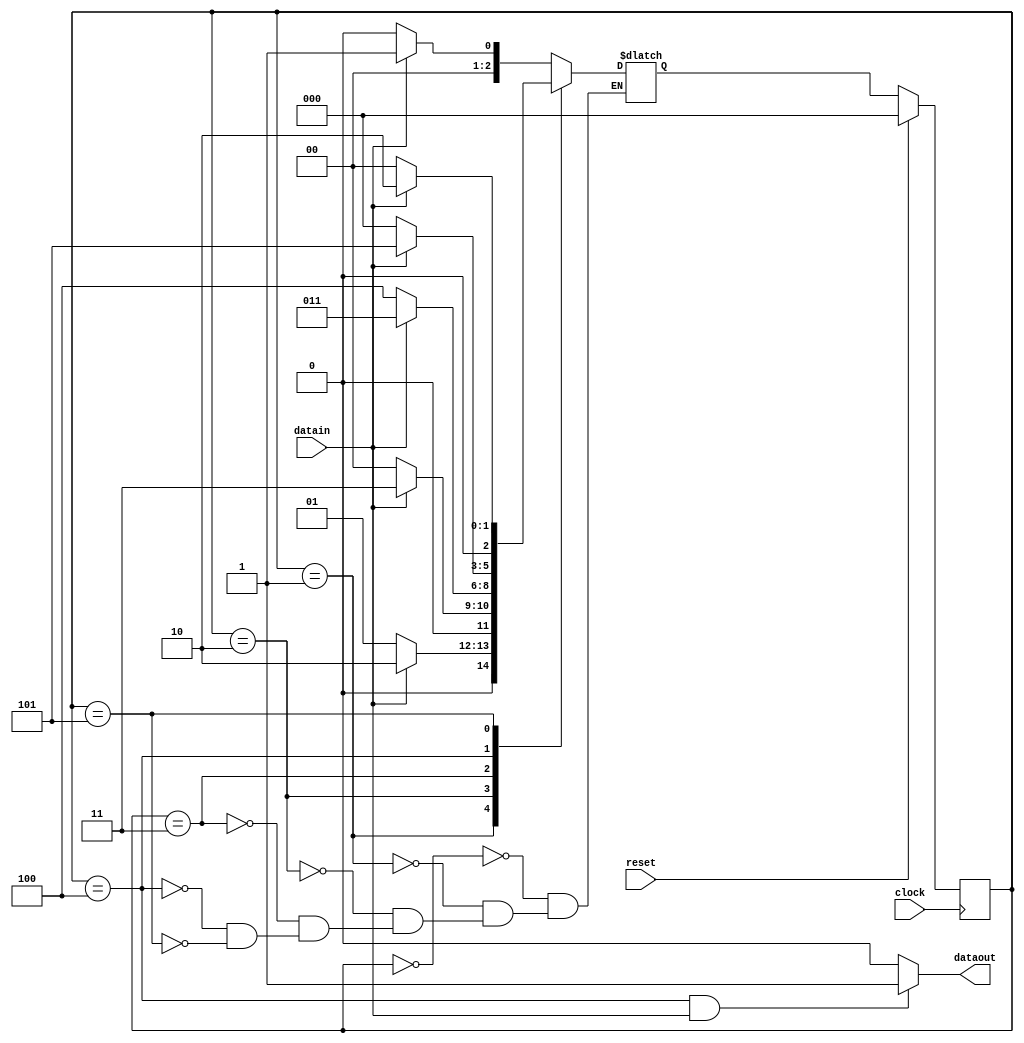
// Identifies the sequence 11101
// includes a overlap bit sequence as well
module jfsmMooreWithOverlap(dataout, clock, reset, datain);
  output reg dataout;
  input clock, reset, datain;
  
  reg[2:0] cs, ns;
  
  parameter a = -3'b000;
  parameter b = 3'b001;
  parameter c = 3'b010;
  parameter d = 3'b011;
  parameter e = 3'b100;
  parameter f = 3'b101;
  
  always @(posedge clock)
  begin
    if(reset)
      cs <= a;
    else
      cs <= ns;
  end

  always @(cs, datain)
  begin
    case(cs)
    a:
      begin
        if(datain)
          ns <= b;
        else
          ns <= a;
      end
    b:
      begin
        if(datain)
          ns <= c;
        else
          ns <= b;
      end
    c:
      begin
        if(datain)
          ns <= d;
        else
          ns <= a;
      end
    d:
      begin
        if(datain)
          ns <= d;
        else
          ns <= e;
      end
    e:
      begin
        if(datain)
          ns <= f;
        else
          ns <= a;
      end
    f:
      begin
        if(datain)
          ns <= c; // This has to be ns <= a; if we have to consider with overlap
        else
          ns <= a;
      end
    endcase      
  end
  
  // This will assign the correct status to the dataout bit
  always @(cs, datain)
  begin
    if ( cs == e && datain == 1 )
      dataout <= 1;
    else
      dataout <= 0;
  end    
endmodule